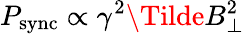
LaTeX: P_{\mathrm{sync}}\propto\gamma^{2}\Tilde{B}_{\perp}^{2}